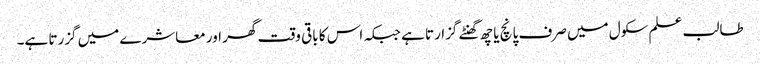
طالب علم سکول میں صرف پانچ یا چھ گھنٹے گزارتا ہے جبکہ اس کا باقی وقت گھر اور معاشرے میں گزرتا ہے۔